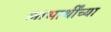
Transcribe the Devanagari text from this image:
लाभार्थींच्या